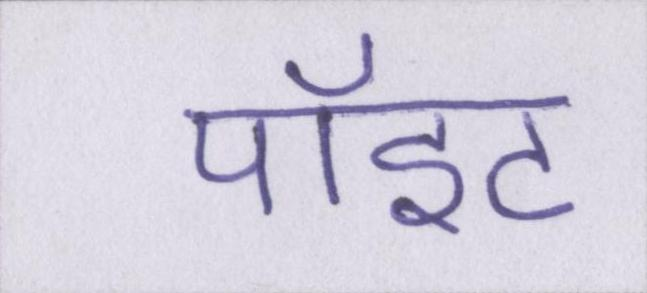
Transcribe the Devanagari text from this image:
पॉइंट